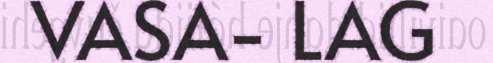
VASA- LAG